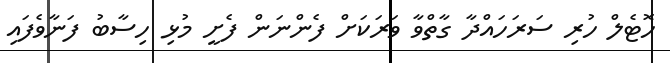
ހޮޓެލް ހުރި ސަރަހައްދާ ގާތްވާ ވަރަކަށް ފެންނަން ފެށީ މުޅި ހިސާބު ފަނާވެފައި